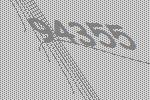
94355